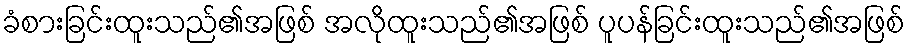
ခံစားခြင်းထူးသည်၏အဖြစ် အလိုထူးသည်၏အဖြစ် ပူပန်ခြင်းထူးသည်၏အဖြစ်